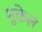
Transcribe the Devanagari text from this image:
मुकेल